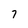
Character: 7